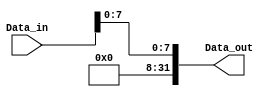
module sign_extend_8_32 (
  input wire [31:0] Data_in,
  output wire [31:0] Data_out
);

  assign Data_out ={{24{1'b0}}, Data_in[7:0]}; // estende oo byte menos ignificativo

endmodule